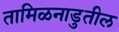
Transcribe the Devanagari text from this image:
तामिळनाडुतील